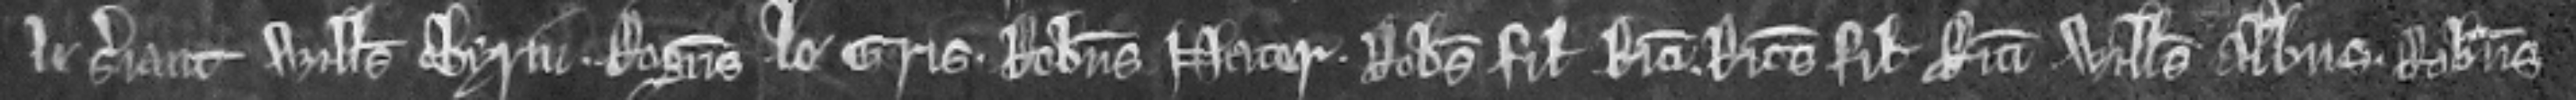
le Serjant Willelmus Chyrin. Rogerus le Gris. Robertus Nater. Robertus filius Ricardi. Ricardus filius Ricardi Willelmus Albus Robertus